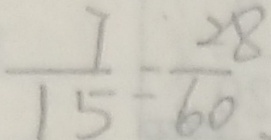
\frac { 7 } { 1 5 } = \frac { 2 8 } { 6 0 }